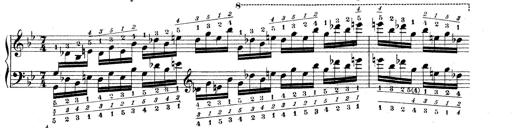
Title: Technische Studien
Composer: Franz Liszt